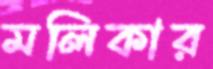
মলিকার